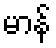
မာန်